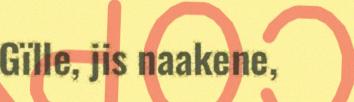
Gïlle, jis naakene,